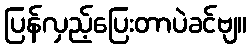
ပြန်လှည့်ပြေးတာပဲခင်ဗျ။